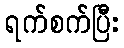
ရက်စက်ပြီး